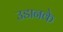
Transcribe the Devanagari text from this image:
उडानके